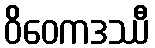
ဝိဝေကဒဿီ